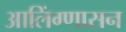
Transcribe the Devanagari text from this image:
आलिंग्णासन